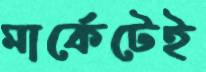
মার্কেটেই